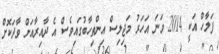
ފަލާހް އަކީ 2014 ވަނަ އަހަރު މަޖިލިސް އިންތިހާބުގައިވެސް އެ ދާއިރާއަށް ވާދަކޮށް